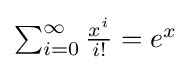
\textstyle \sum _{i=0}^{\infty }{\frac {x^{i}}{i!}}=e^{x}